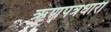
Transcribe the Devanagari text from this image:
ऋणपत्रधारी